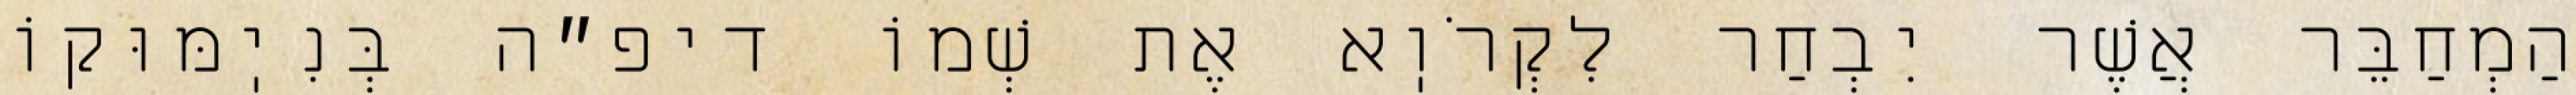
הַמְחַבֵּר אֲשֶׁר יִבְחַר לִקְרֹוֽא אֶת שְׁמוֹ דיפ״ה בְּנִיֽמּוּקוֹ